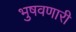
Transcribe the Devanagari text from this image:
भुषवणारी